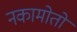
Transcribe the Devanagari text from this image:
नकामोतो